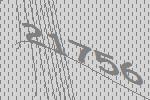
21756